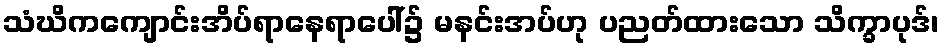
သံဃိကကျောင်းအိပ်ရာနေရာပေါ်၌ မနင်းအပ်ဟု ပညတ်ထားသော သိက္ခာပုဒ်၊